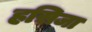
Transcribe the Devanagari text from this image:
हसिजा